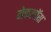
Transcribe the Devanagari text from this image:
नेकलॉस